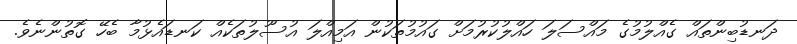
ދަނޑުބިންތައް ގެއްލުމުގެ މައްސަލަ ހައްލުކުރުމަށް ގައުމުތަކުން އަމިއްލަ އުސޫލުތަކެއް ކަނޑައެޅުމާ ބެހޭ ގޮތުންނެވެ.